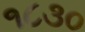
૧૮૩૦